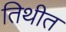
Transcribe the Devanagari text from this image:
तिथीत